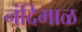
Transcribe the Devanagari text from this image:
नंदिमाळ